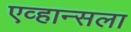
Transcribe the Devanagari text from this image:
एव्हान्सला